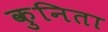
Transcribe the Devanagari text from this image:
कुनिता